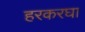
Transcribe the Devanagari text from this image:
हरकरघा